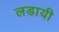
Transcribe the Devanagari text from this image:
लडायी